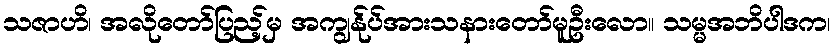
သဇာဟိ၊ အလိုတော်ပြည့်မှ အကျွန်ုပ်အားသနားတော်မူဦးလော။ သမ္မအဘိပါဒက၊